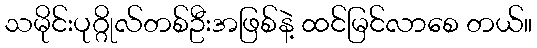
သမိုင်းပုဂ္ဂိုလ်တစ်ဦးအဖြစ်နဲ့ ထင်မြင်လာစေ တယ်။